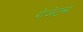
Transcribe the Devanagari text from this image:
गेजेटस